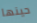
حينها